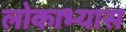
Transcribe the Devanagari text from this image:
लोकाभ्यास